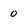
Character: 0